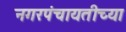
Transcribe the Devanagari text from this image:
नगरपंचायतीच्या